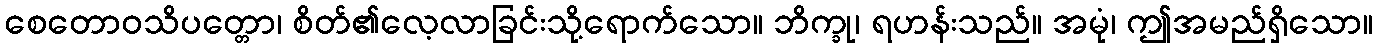
စေတောဝသိပတ္တော၊ စိတ်၏လေ့လာခြင်းသို့ရောက်သော။ ဘိက္ခု၊ ရဟန်းသည်။ အမုံ၊ ဤအမည်ရှိသော။